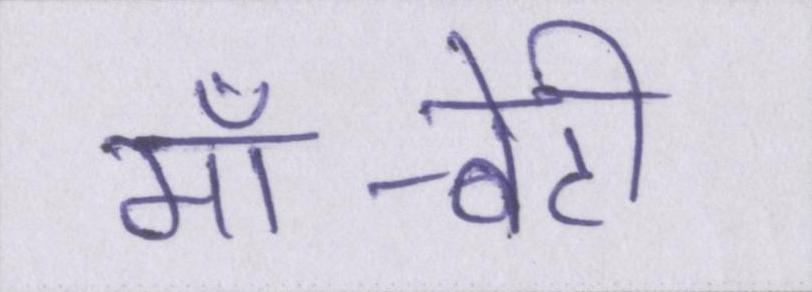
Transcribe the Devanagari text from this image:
माँ-बेटी